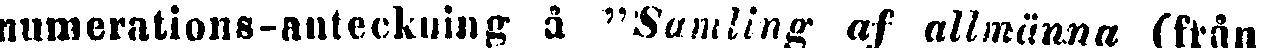
numerations-anteckning å "Samling af allmänna (från